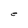
Character: e